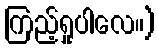
ကြည့်ရှုပါလေ။)